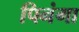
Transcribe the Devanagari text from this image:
पिनंगा